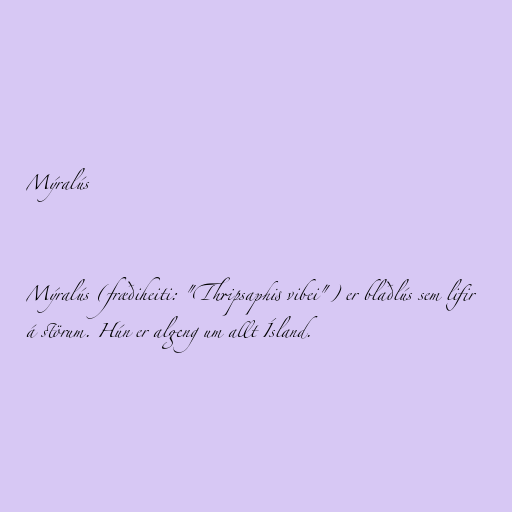
Mýralús

Mýralús (fræðiheiti: "Thripsaphis vibei") er blaðlús sem lifir
á störum. Hún er algeng um allt Ísland.